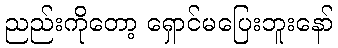
ညည်းကိုတော့ ရှောင်မပြေးဘူးနော်